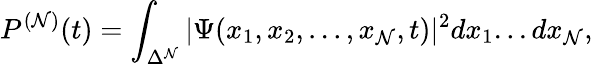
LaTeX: P^{(\mathcal{N})}(t)=\int_{\Delta^{\mathcal{N}}}|\Psi(x_{1},x_{2},...,x_{\mathcal{N}},t)|^{2}dx_{1}...dx_{\mathcal{N}},